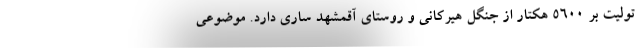
تولیت بر ۵۶۰۰ هکتار از جنگل هیرکانی و روستای آقمشهد ساری دارد. موضوعی